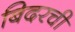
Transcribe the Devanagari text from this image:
बिदरची